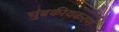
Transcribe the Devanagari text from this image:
चुंबकीयकरण